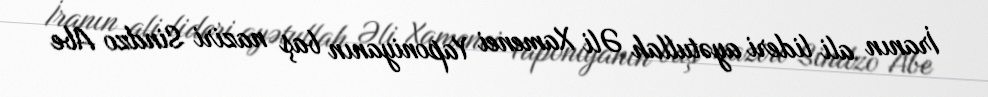
İranın ali lideri ayətullah Əli Xamenei Yaponiyanın baş naziri Sindzo Abe